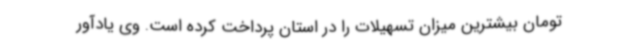
تومان بیشترین میزان تسهیلات را در استان پرداخت کرده است. وی یادآور